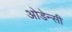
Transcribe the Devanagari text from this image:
ओडेन्सी